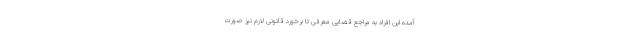
آمده این افراد به مراجع قضایی معرفی تا برخورد قانونی لازم نیز صورت